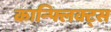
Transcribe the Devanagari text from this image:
कान्फ्लिक्ट्स